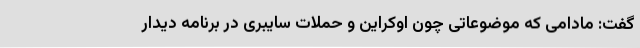
گفت: مادامی که موضوعاتی چون اوکراین و حملات سایبری در برنامه دیدار